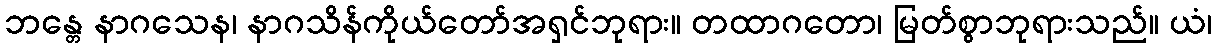
ဘန္တေ နာဂသေန၊ နာဂသိန်ကိုယ်တော်အရှင်ဘုရား။ တထာဂတော၊ မြတ်စွာဘုရားသည်။ ယံ၊